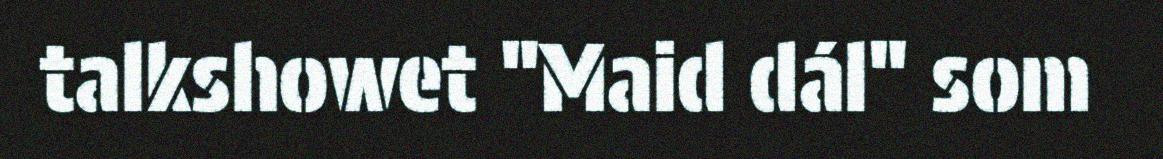
talkshowet "Maid dál" som